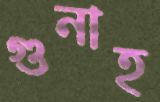
গুনাহ